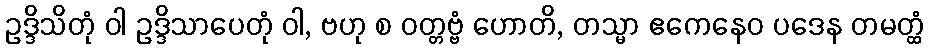
ဥဒ္ဒိသိတုံ ဝါ ဥဒ္ဒိသာပေတုံ ဝါ, ဗဟု စ ဝတ္တဗ္ဗံ ဟောတိ, တသ္မာ ဧကေနေဝ ပဒေန တမတ္ထံ